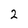
Character: 2